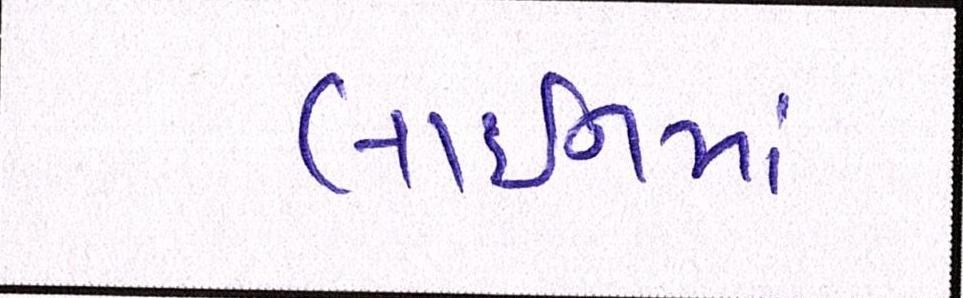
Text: લાઈનમાં